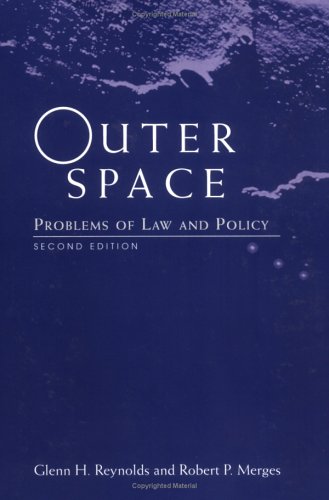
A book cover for Outer Space: Problems Of Law And Policy; Glenn Reynolds; Law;